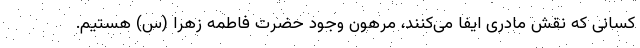
کسانی که نقش مادری ایفا می‌کنند، مرهون وجود حضرت فاطمه زهرا (س) هستیم.